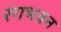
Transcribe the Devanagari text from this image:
रंगभवन